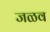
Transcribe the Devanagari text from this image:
जळव